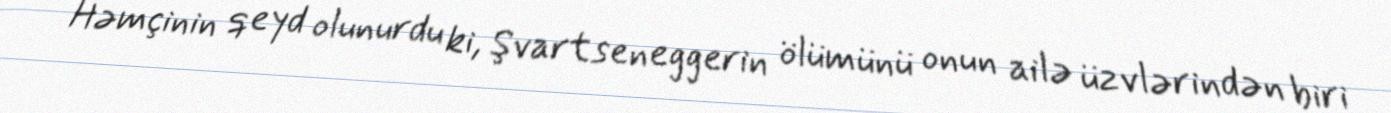
Həmçinin qeyd olunurdu ki, Şvartseneggerin ölümünü onun ailə üzvlərindən biri